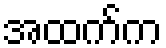
အထက်က